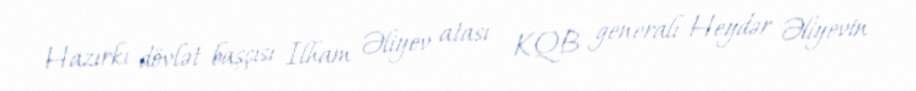
Hazırkı dövlət başçısı Ilham Əliyev atası - KQB generalı Heydər Əliyevin